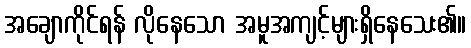
အချောကိုင်ရန် လိုနေသော အမူအကျင့်များရှိနေသေး၏။